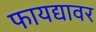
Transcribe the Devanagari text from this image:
फायद्यावर